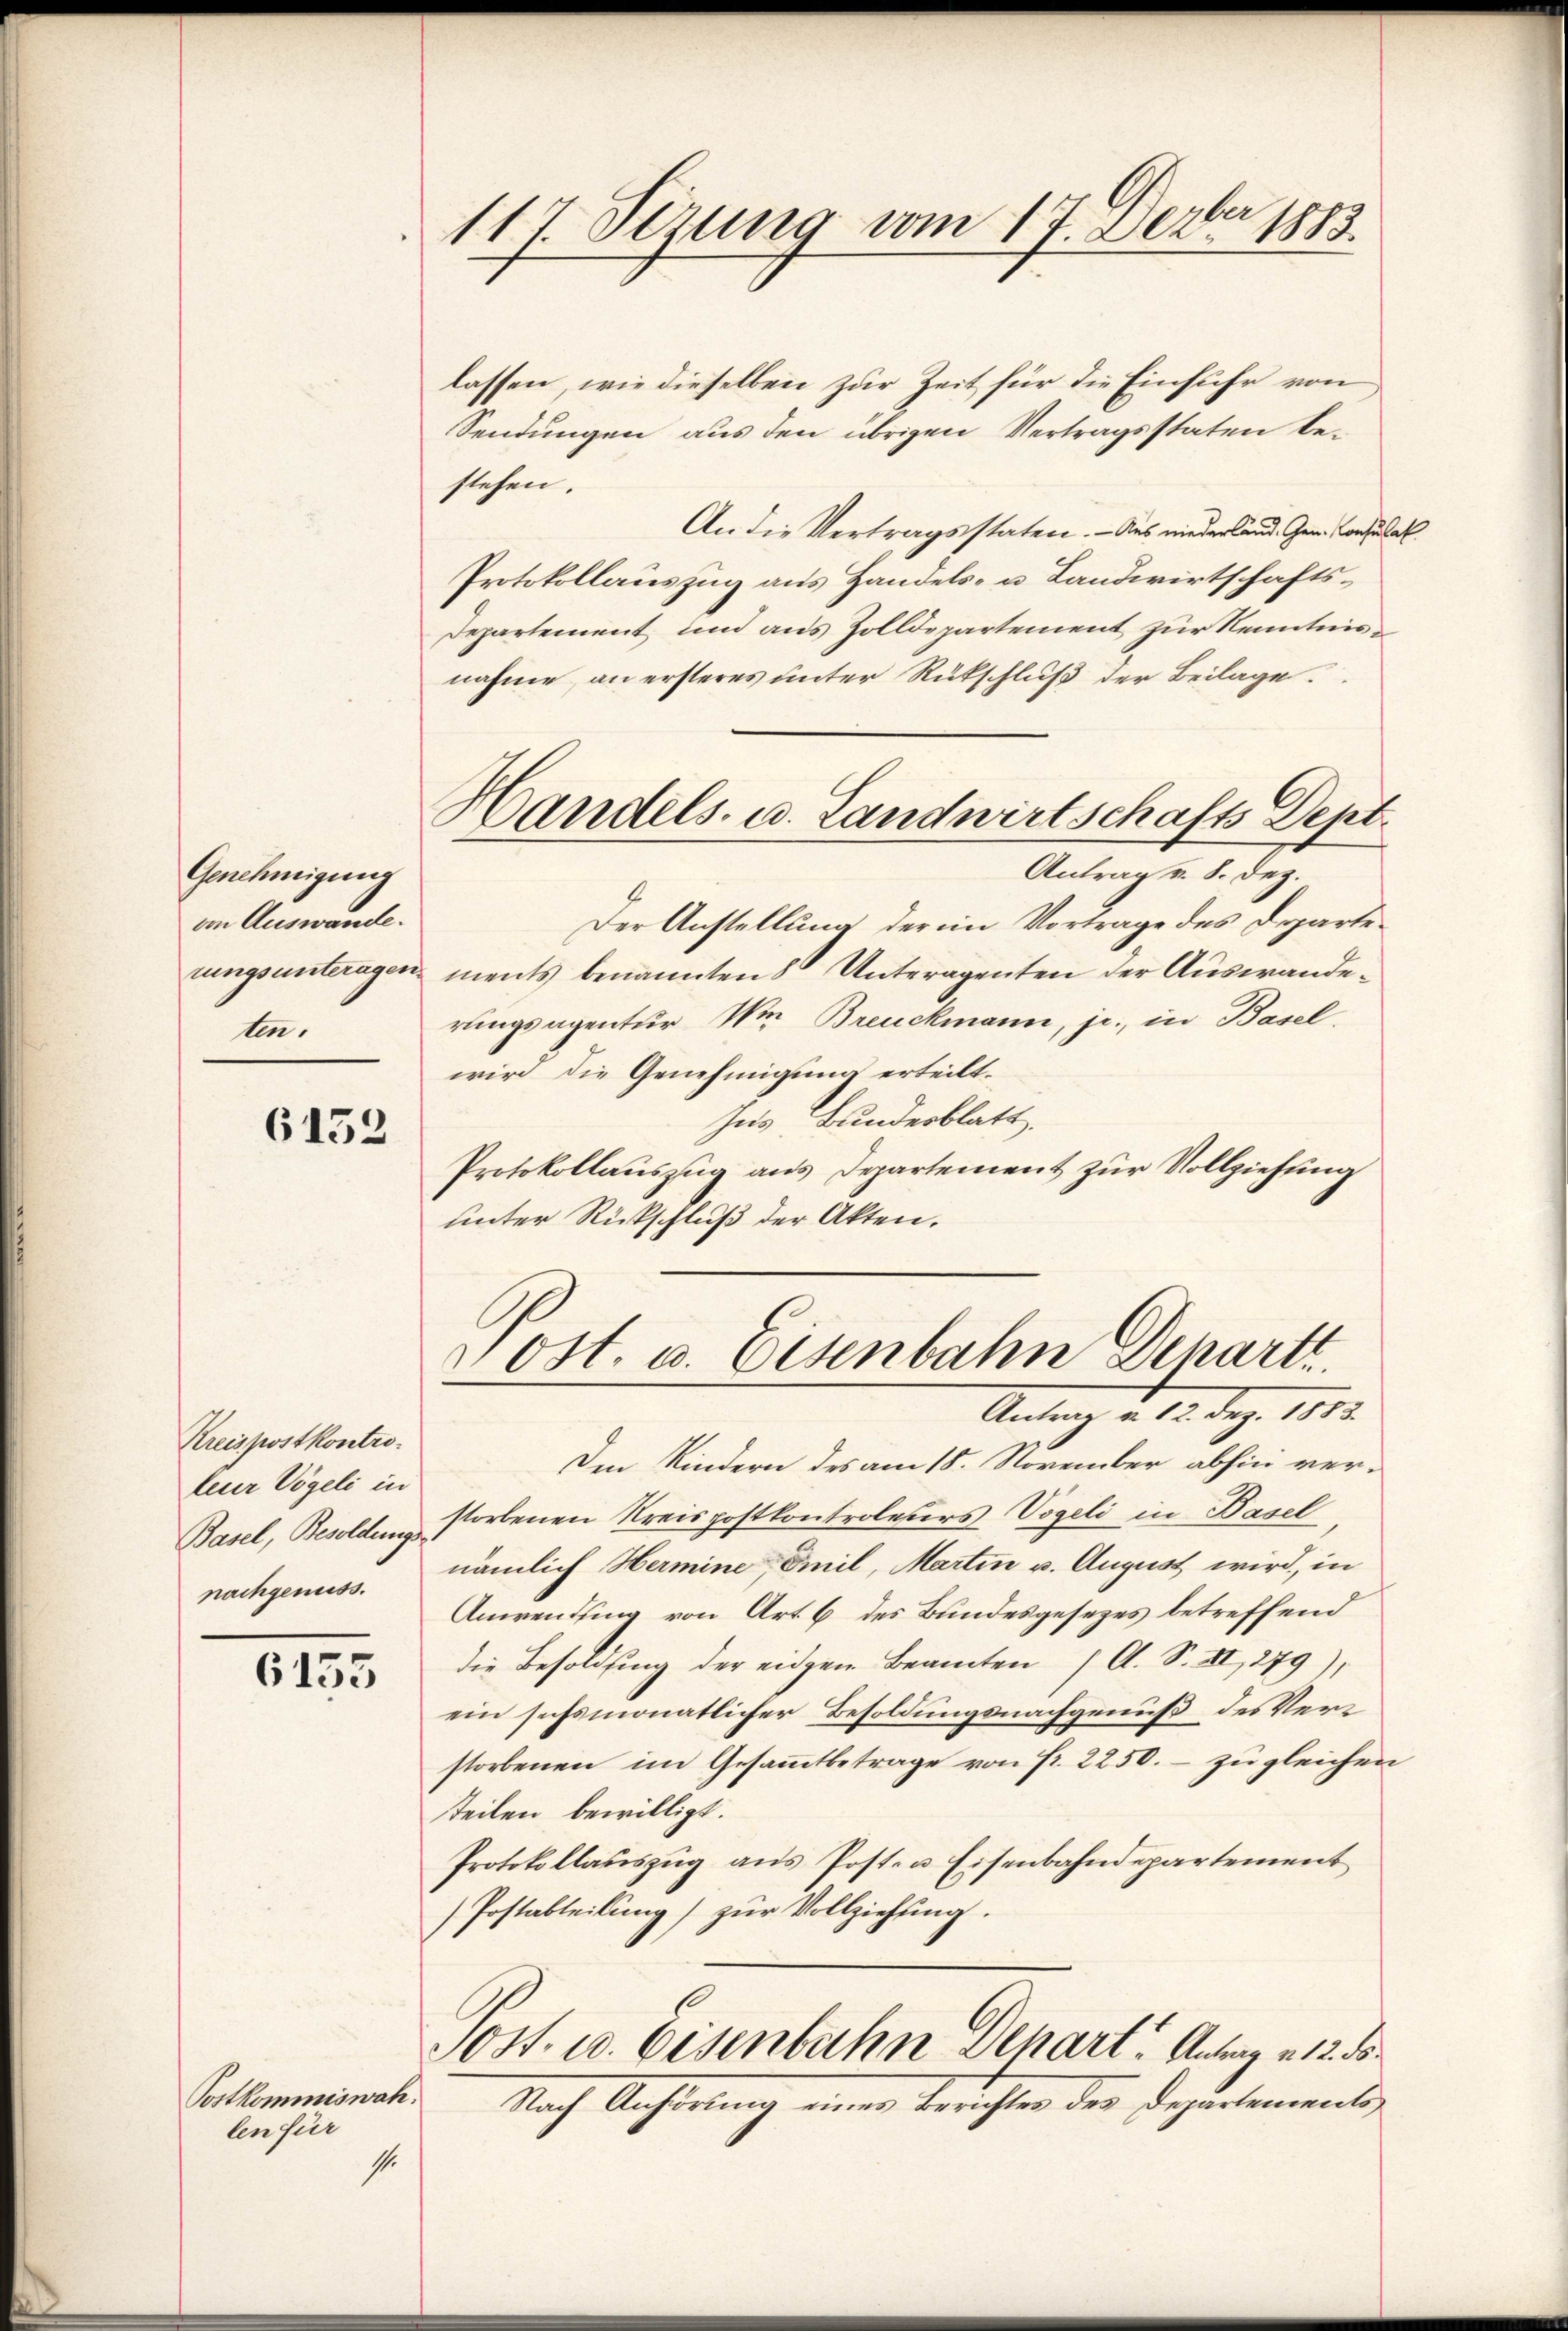
Genehmigung
von Auswande.
rungsunteragen
ten.

6152

Kreispostkontro-
teur Vögeli in

6133

Postkommiswah
len für
s.

117. Sezung vom 17. Dezbr 1883.

lassen, wie dieselben zur Zeit für die Einfuhr von
Sendungen aus den übrigen Vertragsstaten bestehen.
An die Vertragsstaten. - Aus niederland. Gen. Consulat
Protokollauszug aus Handels- u. Landwirtschafts¬
Departement und aus Zolldepartement zur Kenntnisnahme, an ersteres unter Rückschluß der Beilage.
Handels- u. Landwirtschafts Sept.
Antrag v. 8. Dez.
Der Anstellung der im Vortrage des Departements benannten Unteragenten der Auswanderungsagentur Wie Breuckmann, je., in Basel.
wird die Genehmigung erteilt.
hes Bundesblatt.
Protokollauszug aus Departement zur Vollziehung
unter Rückschluß der Akten.

Post. u. Eisenbahn Departi
Antrag d. 12. dez. 1813.

Ien Kindern des am 18. November abhin ver¬
Basel, Besolden storbenen Kreispostkontroleters Vogeli in Basel
nachgenuss. nämlich Hermine Emil, Martin v. August wird, in
Anwendung von Art. 6 des Bundesgesezes betreffend
die Besoldung der eidgen Beamten / A. S. II, 279),
ein sechsmonatlicher Besoldungsnachgenuß des Verstorbenen im Gesammtbetrage von Fr. 2250. - zu gleichen
teilen bewilligt.
Protokollauszug aus Post- u. Eisenbahndepartement
(Postabteilung) zur Vollziehung.
Sost. u. Eisenbahn Dehart. Antrag a 12. ds.
Nach Anhörung einen Berichten des Departements